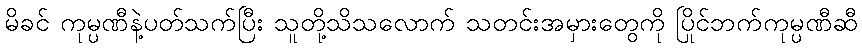
မိခင် ကုမ္ပဏီနဲ့ပတ်သက်ပြီး သူတို့သိသလောက် သတင်းအမှားတွေကို ပြိုင်ဘက်ကုမ္ပဏီဆီ